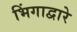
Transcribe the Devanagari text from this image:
भिंगाद्वारे